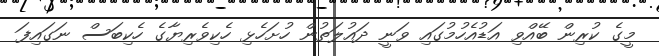
މީގެ ކުރިން ބޭއްވި އަޑުއެހުމުގައި ވަނީ ދައުލަތުން ހުށަހެޅި ހެކިވެރިޔާގެ ހެކިބަސް ނަގައިފަ